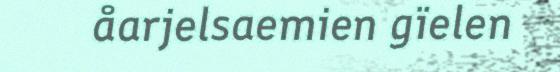
åarjelsaemien gïelen